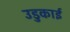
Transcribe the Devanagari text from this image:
उडुकाई